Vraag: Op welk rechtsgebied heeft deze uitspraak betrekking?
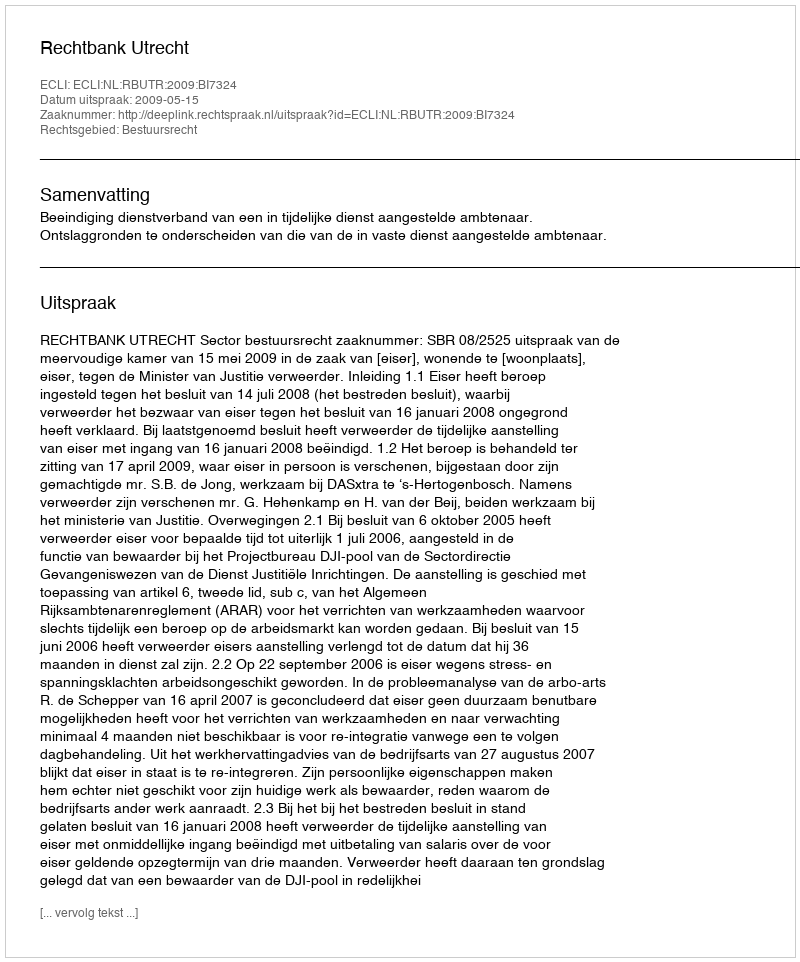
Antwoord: Bestuursrecht